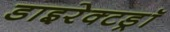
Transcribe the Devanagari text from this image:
डाइरेक्टड्रॉ